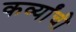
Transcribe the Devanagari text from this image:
कर्व्यांची